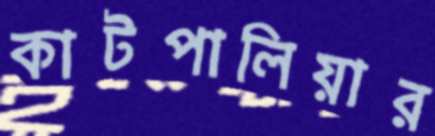
কাটপালিয়ার